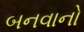
બનવાનો